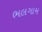
ભલગામ